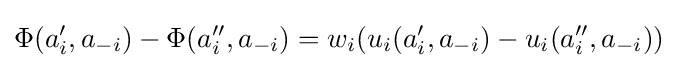
\Phi (a'_{i},a_{-i})-\Phi (a''_{i},a_{-i})=w_{i}(u_{i}(a'_{i},a_{-i})-u_{i}(a''_{i},a_{-i}))